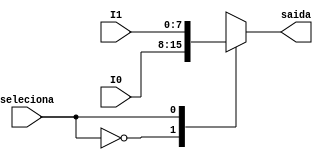
module multiplexador2bus8x1bus8
   (output reg [7:0] saida,
    input seleciona, input [7:0]I0, I1);
    
    always @ (*) begin
      case (seleciona) 
       1'b0: saida = I0;      
       1'b1: saida = I1;       
      endcase    
    end 
endmodule